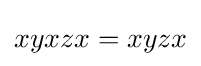
xyxzx=xyzx